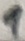
Text: 1